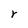
Character: r